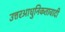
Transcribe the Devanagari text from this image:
उत्तरआधुनिकतावादी